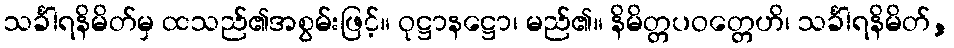
သင်္ခါရနိမိတ်မှ ထသည်၏အစွမ်းဖြင့်။ ဝုဋ္ဌာနဋ္ဌော၊ မည်၏။ နိမိတ္တပဝတ္တေဟိ၊ သင်္ခါရနိမိတ်,